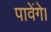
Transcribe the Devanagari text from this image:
पावेंगे।